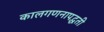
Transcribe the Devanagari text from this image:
कालगणनापद्धती